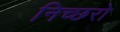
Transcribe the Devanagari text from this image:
निच्छरो